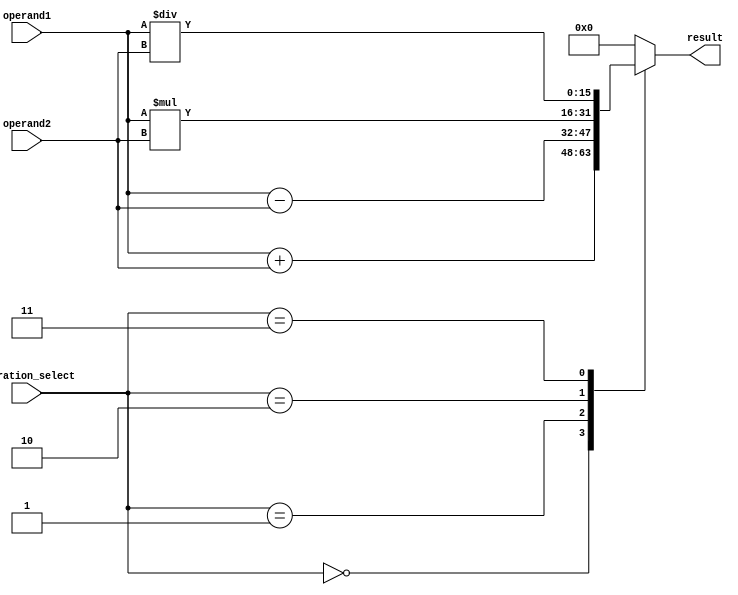
module ALU (
    input [15:0] operand1,
    input [15:0] operand2,
    input [2:0] operation_select,
    output reg [15:0] result
);

always @(*) begin
    case(operation_select)
        3'b000: result = operand1 + operand2; // Addition
        3'b001: result = operand1 - operand2; // Subtraction
        3'b010: result = operand1 * operand2; // Multiplication
        3'b011: result = operand1 / operand2; // Division
        default: result = 16'h0000; // Default to 0
    endcase
end

endmodule